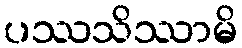
ပဿသိဿာမိ